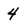
Character: 4